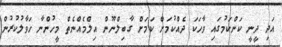
އަދި ދީނީ ކަންކަމުގައި ވާހަކަ ދެއްކުމަށް ކަމަށް ގާބިލްނޫން އިލްމެއްނެތް މީހުންނާ ހަވާލުކުރުން